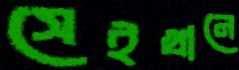
সেইখানে